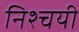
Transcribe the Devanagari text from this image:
निश्‍चयी